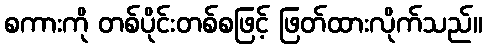
စကားကို တစ်ပိုင်းတစ်စဖြင့် ဖြတ်ထားလိုက်သည်။